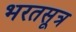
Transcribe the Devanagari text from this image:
भरतसूत्र